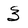
Character: 3